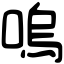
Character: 嗚